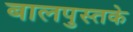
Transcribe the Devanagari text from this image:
बालपुस्तके